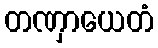
တဏှာယေတံ